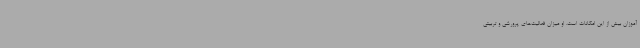
آموزان بیش از این امکانات است. او میزان فعالیت‌های پرورشی و تربیتی